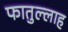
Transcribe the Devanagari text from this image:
फातुल्लाह